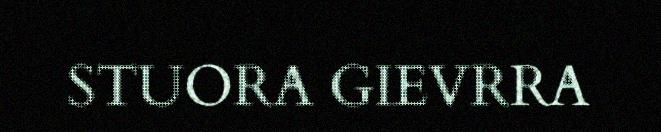
STUORA GIEVRRA